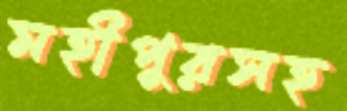
মহীপুরসহ